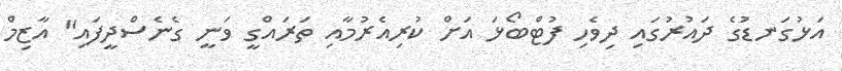
އަޅުގަނޑުގެ ދައުރުގައި ދިވެހި ފުޓްބޯޅަ އަށް ކުރިއެރުމާއި ތަރައްގީ ވަނީ ގެނެސްދީފައި" އާޒިމް